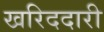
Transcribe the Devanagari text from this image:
खरिददारी